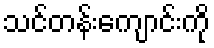
သင်တန်းကျောင်းကို